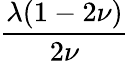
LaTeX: \frac{\lambda(1-2\nu)}{2\nu}